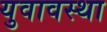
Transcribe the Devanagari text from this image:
युवावस्‍था